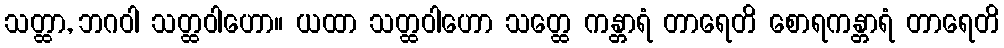
သတ္ထာ, ဘဂဝါ သတ္ထဝါဟော။ ယထာ သတ္ထဝါဟော သတ္ထေ ကန္တာရံ တာရေတိ စောရကန္တာရံ တာရေတိ